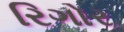
રિગોર